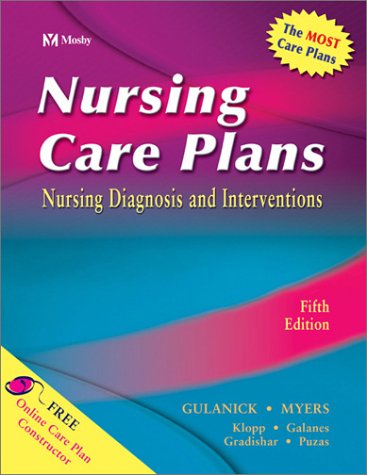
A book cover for Nursing Care Plans: Nursing Diagnosis and Intervention; Meg Gulanick PhD  APRN  FAAN; Medical Books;